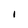
Character: 1